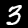
Digit: 3